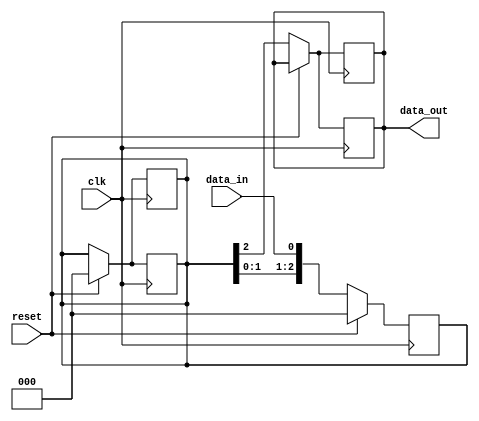
module three_flop_synchronizer (
    input wire clk,        // Clock signal
    input wire reset,      // Reset signal
    input wire data_in,    // Input data signal
    
    output reg data_out    // Output synchronized data signal
);

reg [2:0] ff_data;        // Internal data signal for flip-flops

// First flip-flop, captures input on rising edge of clock
always @(posedge clk) begin
    if (reset) begin
        ff_data <= 3'b0; // Reset to 0
    end else begin
        ff_data <= {ff_data[1:0], data_in};
    end
end

// Second flip-flop, syncs output of first flip-flop to clock
always @(posedge clk) begin
    if (reset) begin
        ff_data <= 3'b0;
    end else begin
        data_out <= ff_data[2];
    end
end

// Third flip-flop, further syncs output signal
always @(posedge clk) begin
    if (reset) begin
        ff_data <= 3'b0;
    end else begin
        data_out <= ff_data[2];
    end
end

endmodule